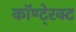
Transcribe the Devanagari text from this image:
कॉण्टे्रक्ट